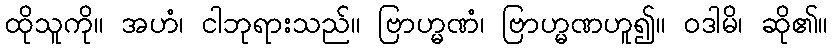
ထိုသူကို။ အဟံ၊ ငါဘုရားသည်။ ဗြာဟ္မဏံ၊ ဗြာဟ္မဏဟူ၍။ ဝဒါမိ၊ ဆို၏။